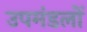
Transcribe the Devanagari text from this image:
उपमंडलों